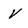
Character: V